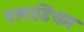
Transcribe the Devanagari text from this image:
पलाडियम